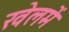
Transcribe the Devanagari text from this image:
खेलमें